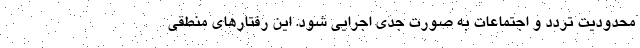
محدودیت تردد و اجتماعات به صورت جدی اجرایی شود. این رفتارهای منطقی